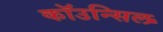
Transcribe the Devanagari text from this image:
कॉउन्सिल